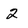
Character: 2